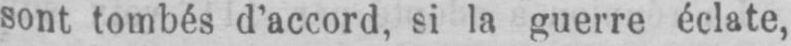
sont tombés d’accord, si la guerre éclate,